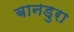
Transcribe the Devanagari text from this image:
बानडुरा